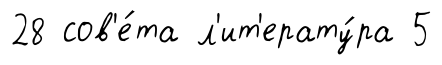
28 сов'е́та л'ит'ерату́ра 5